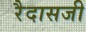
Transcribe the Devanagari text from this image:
रैदासजी